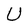
Character: U